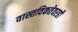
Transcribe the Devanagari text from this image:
वास्तविकतेवरही